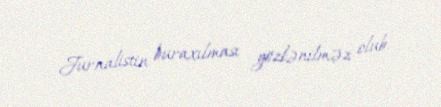
Jurnalistin buraxılması gözlənilməz olub.